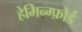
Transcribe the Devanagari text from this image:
हेमिन्ग्फ़ोर्ड